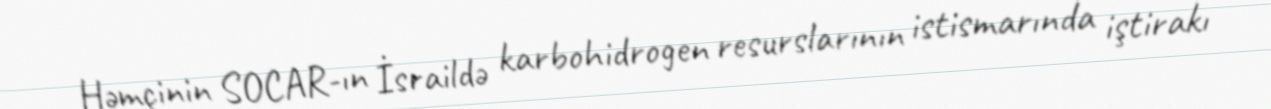
Həmçinin SOCAR-ın İsraildə karbohidrogen resurslarının istismarında iştirakı